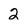
Character: 2